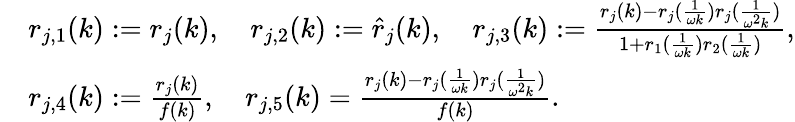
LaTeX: \begin{array}{rl}&{r_{j,1}(k):=r_{j}(k),\quad r_{j,2}(k):=\hat{r}_{j}(k),\quad r_{j,3}(k):=\frac{r_{j}(k)-r_{j}(\frac{1}{\omega k})r_{j}(\frac{1}{\omega^{2}k})}{1+r_{1}(\frac{1}{\omega k})r_{2}(\frac{1}{\omega k})},}\\ &{r_{j,4}(k):=\frac{r_{j}(k)}{f(k)},\quad r_{j,5}(k)=\frac{r_{j}(k)-r_{j}(\frac{1}{\omega k})r_{j}(\frac{1}{\omega^{2}k})}{f(k)}.}\end{array}